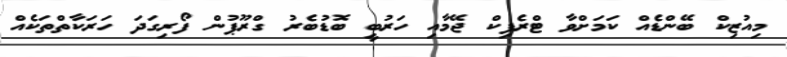
މިއުޒިކް ބޭންޑެއް ކަމަށްވާ ޓްރެފިކް ޖޭމާއި ހަރުބީ ބޮޑުބެރު ގްރޫޕުން ފޯރިގަދަ ހަރަކާތްތަކެއް